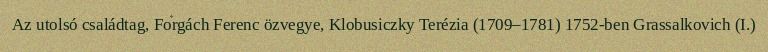
Az utolsó családtag, Forgách Ferenc özvegye, Klobusiczky Terézia (1709–1781) 1752-ben Grassalkovich (I.)